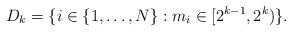
LaTeX: \begin{align*}D_k=\{i\in\{1,\dots,N\}: m_i\in [2^{k-1},2^{k})\}.\end{align*}